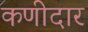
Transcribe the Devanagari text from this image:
कणीदार